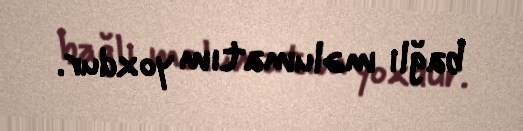
bağlı məlumatım yoxdur.